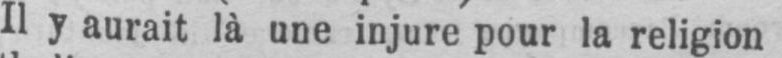
Il y aurait là une injure pour la religion